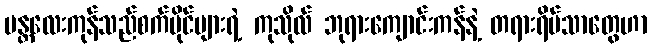
မန္တလေးကုန်သည်စက်ပိုင်များရဲ့ ကုသိုလ် ဘုရားကျောင်းကန်နဲ့ တရားရိပ်သာတွေဟာ